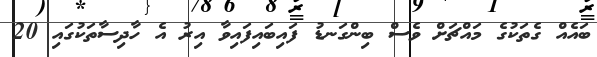
ބައެއް ގެތަކުގެ މައްޗަށް ވެސް ބިންގަނޑު ފައިބައިފައިވާ އިރު އެ ހާދިސާތަކުގައި 20